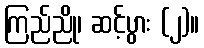
ကြည်ညို၊ ဆင့်ပွား (၂)။